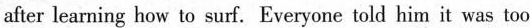
after learning how to surf.Everyone told him it was too